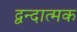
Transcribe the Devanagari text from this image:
द्वन्दात्मक